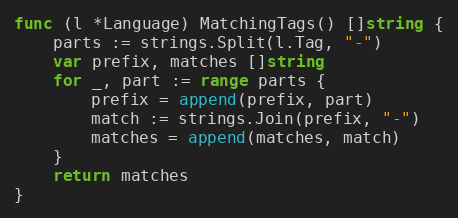
Language: Go
func (l *Language) MatchingTags() []string {
	parts := strings.Split(l.Tag, "-")
	var prefix, matches []string
	for _, part := range parts {
		prefix = append(prefix, part)
		match := strings.Join(prefix, "-")
		matches = append(matches, match)
	}
	return matches
}